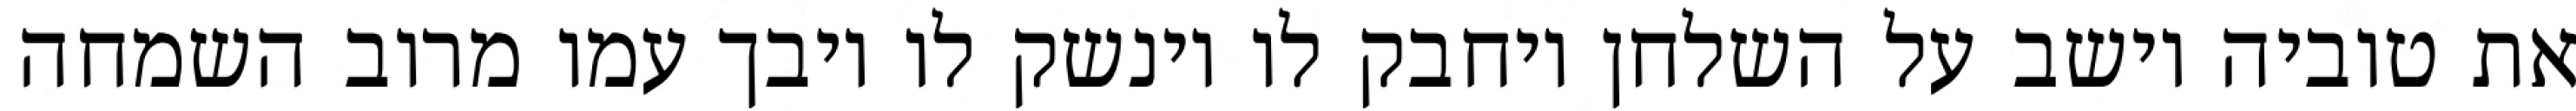
את טוביה יושב על השלחן ויחבק לו וינשק לו ויבך עמו מרוב השמחה